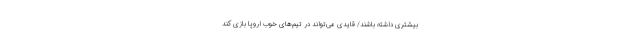
بیشتری داشته باشند/ قایدی می‌تواند در تیم‌های خوب اروپا بازی کند